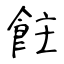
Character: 飳